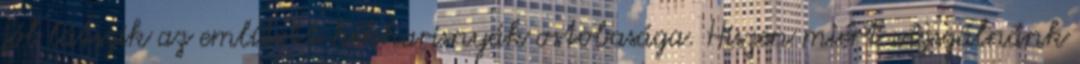
jól látszik az említett kékharisnyák ostobasága. Hiszen miért vizsgálnánk